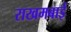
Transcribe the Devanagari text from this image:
राखमबाई